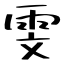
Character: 雯